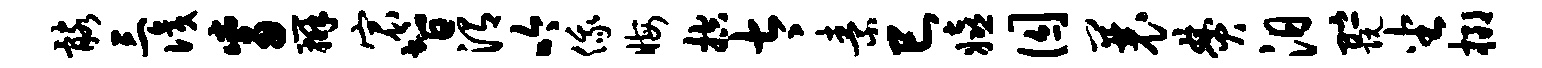
髂三识觜辨宸智渭吟俄晦控太素巳嬉囚曩焚汨贮阮坐榔